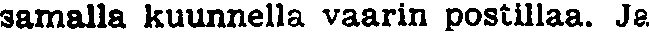
samalla kuunnella vaarin postillaa. Ja